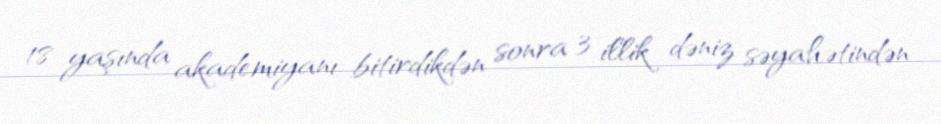
18 yaşında akademiyanı bitirdikdən sonra 3 illik dəniz səyahətindən